Plague in India, 1896, 1897 - Volume 3
Year: 1896
Disease focus: Plague
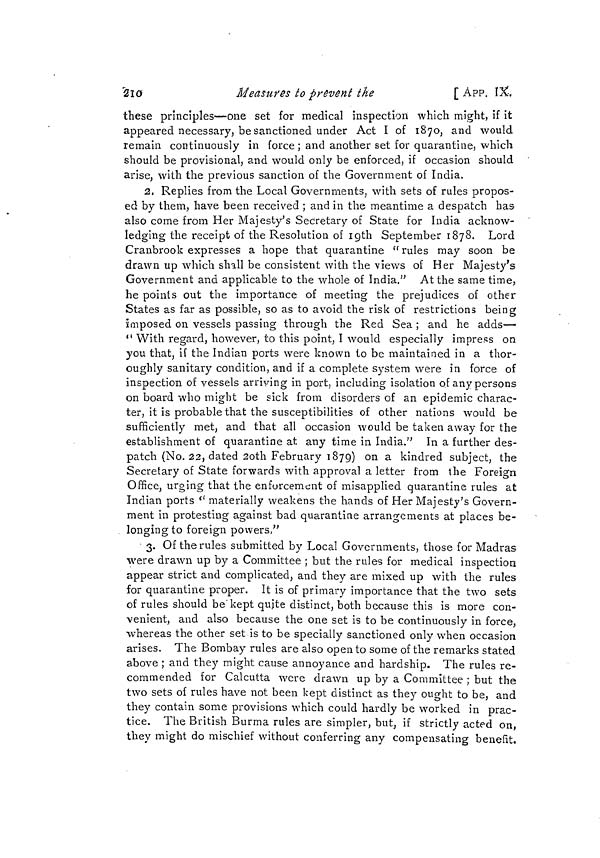
210
Measures to prevent the
[ APP. IX
these principles—one set for medical inspection which might, if it
appeared necessary, be sanctioned under Act I of 1870, and would
remain continuously in force ; and another set for quarantine, which
should be provisional, and would only be enforced, if occasion should
arise, with the previous sanction of the Government of india.
2, Replies from the Local Governments, with sets of rules propos-
ed by them, have been received ; and in the meantime a despatch has
also come from Her Majesty's Secretary of State for India acknow-
ledging the receipt of the Resolution of 19th September 1878. Lord
Cranbrook expresses a hope that quarantine " rules may soon be
drawn up which shall be consistent with the views of Her Majesty's
Government and applicable to the whole of India." At the same time,
he points out the importance of meeting the prejudices of other
States as far as possible, so as to avoid the risk of restrictions being
imposed on vessels passing through the Red Sea ; and he adds—
" With regard, however, to this point, I would especially impress on
you that, if the Indian ports were known to be maintained in a thor-
oughly sanitary condition, and if a complete system were in force of
inspection of vessels arriving in port, including isolation of any persons
on board who might be sick from disorders of an epidemic charac-
ter, it is probable that the susceptibilities of other nations would be
sufficiently met, and that all occasion would be taken away for the
establishment of quarantine at any time in India." In a further des-
patch (No. 22, dated 2oth February 1879) on a kindred subject, the
Secretary of State forwards with approval a letter from the Foreign
Office, urging that the enforcement of misapplied quarantine rules at
Indian ports " materially weakens the hands of Her Majesty's Govern-
ment in protesting against bad quarantine arrangements at places be-
longing to foreign powers,"
3. Of the rules submitted by Local Governments, those for Madras
were drawn up by a Committee ; but the rules for medical inspection
appear strict and complicated, and they are mixed up with the rules
for quarantine proper. It is of primary importance that the two sets
of rules should be kept quite distinct, both because this is more con-
venient, and also because the one set is to be continuously in force,
whereas the other set is to be specially sanctioned only when occasion
arises. The Bombay rules are also open to some of the remarks stated
above ; and they might cause annoyance and hardship. The rules re-
commended for Calcutta were drawn up by a Committee ; but the
two sets of rules have not been kept distinct as they ought to be, and
they contain some provisions which could hardly be worked in prac-
tice. The British Burma rules are simpler, but, if strictly acted on,
they might do mischief without conferring any compensating benefit.